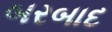
બરબાદ